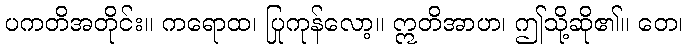
ပကတိအတိုင်း။ ကရောထ၊ ပြုကုန်လော့။ ဣတိအာဟ၊ ဤသို့ဆို၏။ တေ၊